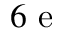
6 \textup { e }